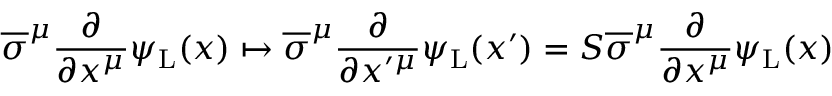
{ \overline { { \sigma } } } ^ { \mu } { \frac { \partial } { \partial x ^ { \mu } } } \psi _ { \mathrm { { L } } } ( x ) \mapsto { \overline { { \sigma } } } ^ { \mu } { \frac { \partial } { \partial x ^ { \prime \mu } } } \psi _ { \mathrm { { L } } } ( x ^ { \prime } ) = S { \overline { { \sigma } } } ^ { \mu } { \frac { \partial } { \partial x ^ { \mu } } } \psi _ { \mathrm { { L } } } ( x )